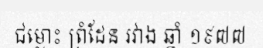
ជម្លោះ ព្រំដែន រវាង ឆ្នាំ ១៩៧៧